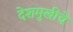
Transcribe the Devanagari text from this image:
देशमुखीचे